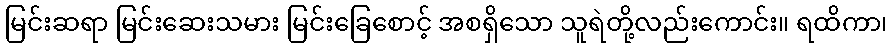
မြင်းဆရာ မြင်းဆေးသမား မြင်းခြေစောင့် အစရှိသော သူရဲတို့လည်းကောင်း။ ရထိကာ၊